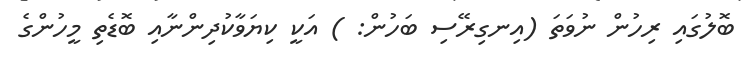
ބޮލުގައި ރިހުން ނުވަތަ (އިނގިރޭސި ބަހުން: ) އަކީ ކިޔަވާކުދިންނާއި ބޮޑެތި މީހުންގެ